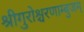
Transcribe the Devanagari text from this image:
श्रीगुरोश्चरणाम्बुजम्